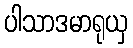
ပါသာဒမာရုယှ